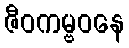
ဇီဝကမ္ဗဝနေ